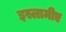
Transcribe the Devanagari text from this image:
इस्लामीए